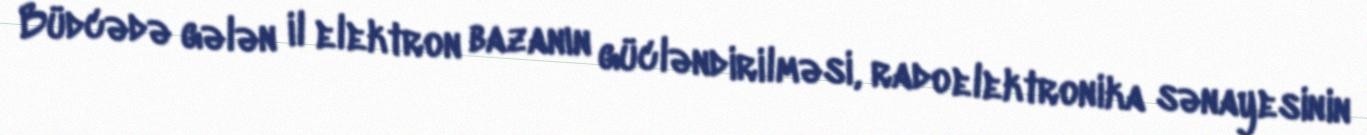
Büdcədə gələn il elektron bazanın gücləndirilməsi, radoelektronika sənayesinin